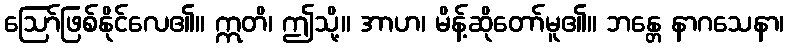
ဩော်ဖြစ်နိုင်လေ၏။ ဣတိ၊ ဤသို့။ အာဟ၊ မိန့်ဆိုတော်မူ၏။ ဘန္တေ နာဂသေနာ၊